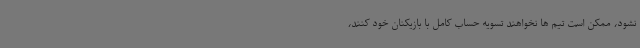
نشود، ممکن است تیم ها نخواهند تسویه حساب کامل با بازیکنان خود کنند،